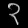
Digit: ၃